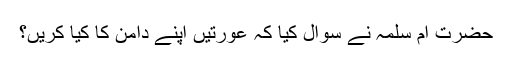
حضرت ام سلمہؓ نے سوال کیا کہ عورتیں اپنے دامن کا کیا کریں؟